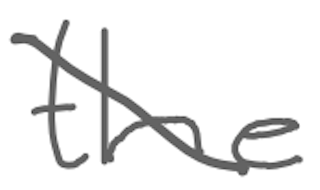
Text: the
Cross-out: diagonal
Writing tool: digital_gray